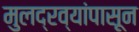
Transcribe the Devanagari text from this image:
मुलद्रव्यांपासून